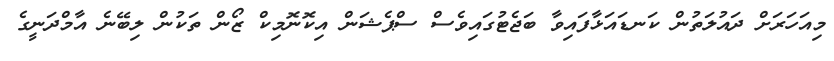
މިއަހަރަށް ދައުލަތުން ކަނޑައަޅާފައިވާ ބަޖެޓުގައިވެސް ސްޕެޝަން އިކޮނޮމިކް ޒޯން ތަކުން ލިބޭނެ އާމްދަނީގެ